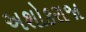
અશોકરાજા